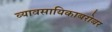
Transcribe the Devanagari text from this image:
व्यावसायिकाबरोबर